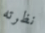
نظرته